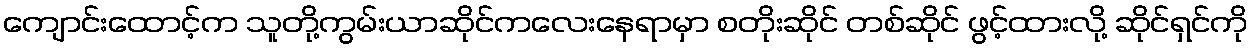
ကျောင်းထောင့်က သူတို့ကွမ်းယာဆိုင်ကလေးနေရာမှာ စတိုးဆိုင် တစ်ဆိုင် ဖွင့်ထားလို့ ဆိုင်ရှင်ကို